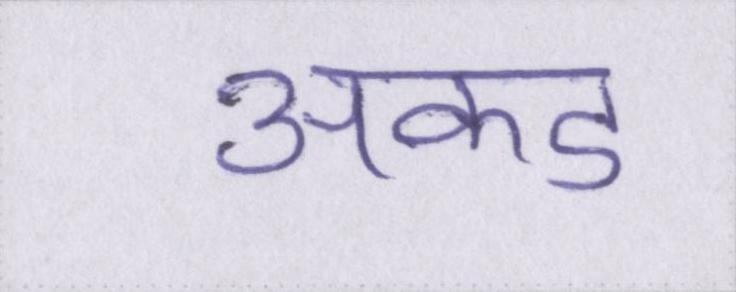
अकड